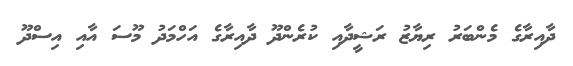
ދާއިރާގެ މެންބަރު ރިޔާޒު ރަޝީދާއި ކުރެންދޫ ދާއިރާގެ އަހްމަދު މޫސަ އާއި އިސްދޫ